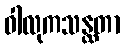
ဝါလုကသန္ထတာ